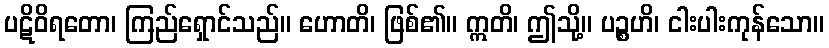
ပဋိဝိရတော၊ ကြည်ရှောင်သည်။ ဟောတိ၊ ဖြစ်၏။ ဣတိ၊ ဤသို့။ ပဉ္စဟိ၊ ငါးပါးကုန်သော။